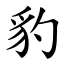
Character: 豹